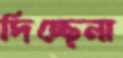
দিচ্ছেনা